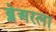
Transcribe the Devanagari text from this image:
ब्लेअरला